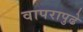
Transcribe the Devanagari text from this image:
वापरापुढे